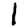
Digit: 1